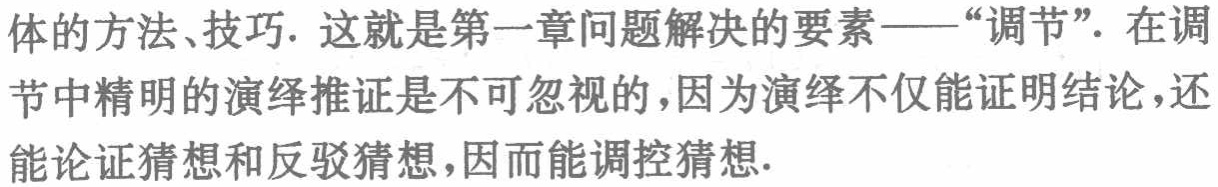
体的方法、技巧. 这就是第一章问题解决的要素——“调节”. 在调节中精明的演绎推证是不可忽视的,因为演绎不仅能证明结论,还能论证猜想和反驳猜想,因而能调控猜想.